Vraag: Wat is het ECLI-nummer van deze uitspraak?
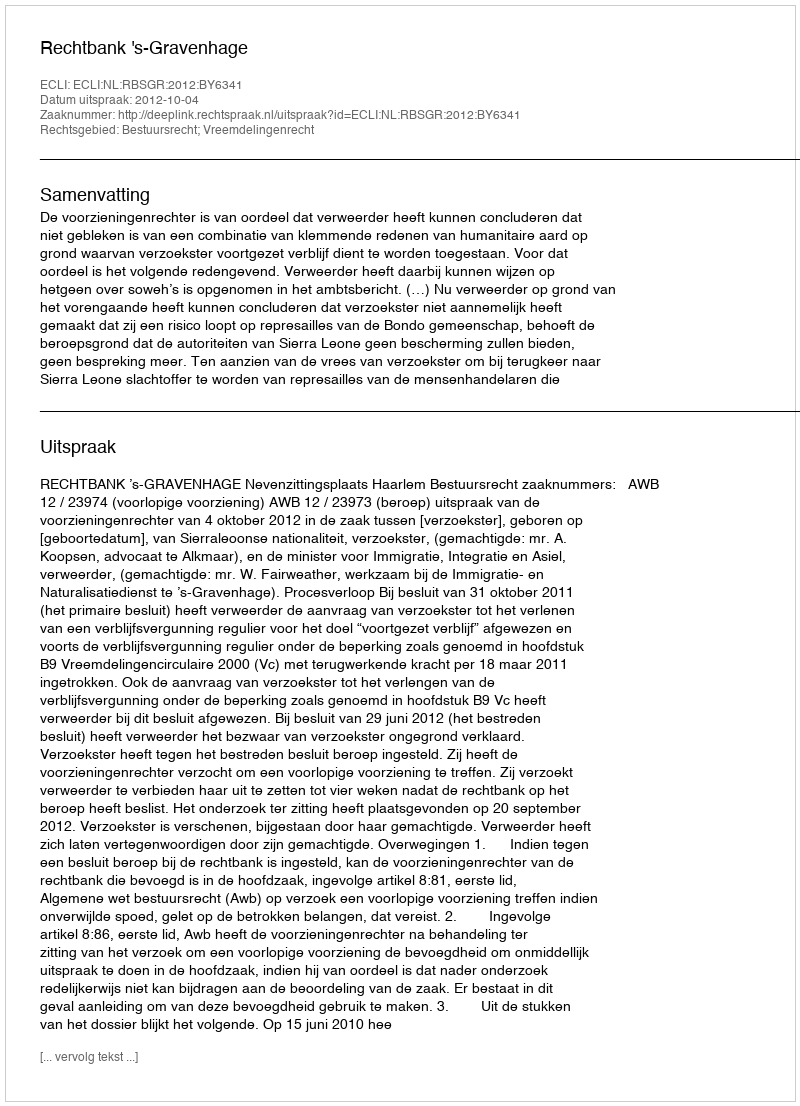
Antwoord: ECLI:NL:RBSGR:2012:BY6341